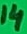
Text: 14